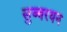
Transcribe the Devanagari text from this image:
सुब्बरयन